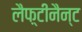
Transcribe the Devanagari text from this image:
लैफ़्टीनैन्ट